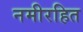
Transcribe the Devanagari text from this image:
नमीरहित